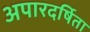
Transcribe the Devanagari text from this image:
अपारदर्षिता